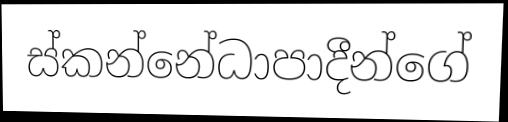
ස්කන්නේධාපාදීන්ගේ